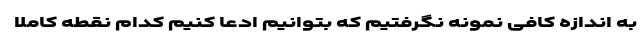
به اندازه کافی نمونه نگرفتیم که بتوانیم ادعا کنیم کدام نقطه کاملا